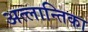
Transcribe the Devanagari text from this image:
अत्लान्तिका